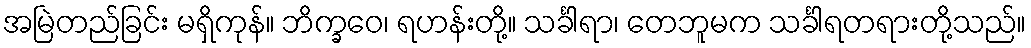
အမြဲတည်ခြင်း မရှိကုန်။ ဘိက္ခဝေ၊ ရဟန်းတို့။ သင်္ခါရာ၊ တေဘူမက သင်္ခါရတရားတို့သည်။